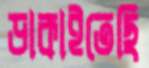
ডাকাইতেছি